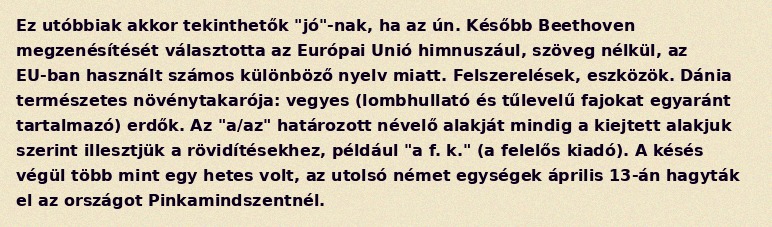
Ez utóbbiak akkor tekinthetők "jó"-nak, ha az ún. Később Beethoven megzenésítését választotta az Európai Unió himnuszául, szöveg nélkül, az EU-ban használt számos különböző nyelv miatt. Felszerelések, eszközök. Dánia természetes növénytakarója: vegyes (lombhullató és tűlevelű fajokat egyaránt tartalmazó) erdők. Az "a/az" határozott névelő alakját mindig a kiejtett alakjuk szerint illesztjük a rövidítésekhez, például "a f. k." (a felelős kiadó). A késés végül több mint egy hetes volt, az utolsó német egységek április 13-án hagyták el az országot Pinkamindszentnél.